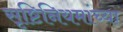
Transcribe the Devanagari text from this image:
सृष्टिनियमांच्या